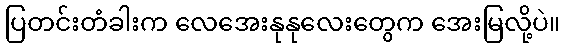
ပြတင်းတံခါးက လေအေးနုနုလေးတွေက အေးမြလို့ပဲ။